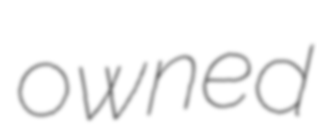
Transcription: owned